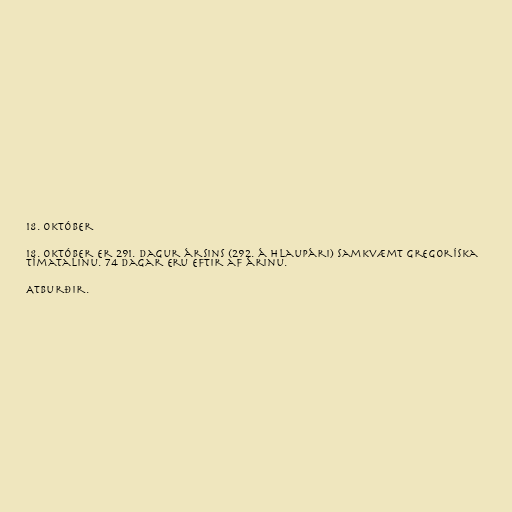
18. október

18. október er 291. dagur ársins (292. á hlaupári) samkvæmt gregoríska
tímatalinu. 74 dagar eru eftir af árinu.

Atburðir.